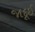
જાદૂઈ